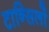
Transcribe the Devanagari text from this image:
टान्सिलों